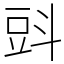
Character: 㪷